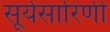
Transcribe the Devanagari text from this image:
सूर्यसारिणी